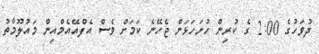
ދުވަހުގެ 2:00 ގެ ކުރިން ހުށަހަޅަން ޖެހޭނެ ކަމަށް ވެސް އެފްއޭއެމްއިން މައުލޫމާތު